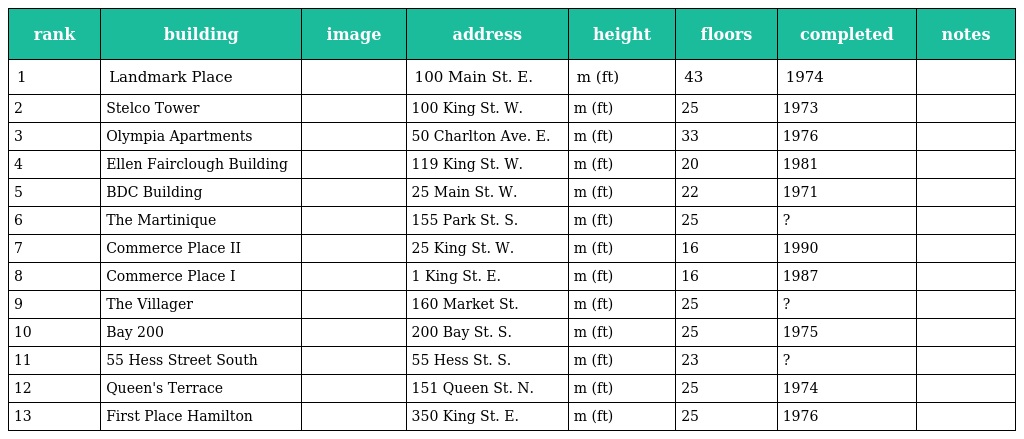
| rank | building | image | address | height | floors | completed | notes |
 | --- | --- | --- | --- | --- | --- | --- | --- |
 | 1 | Landmark Place |  | 100 Main St. E. | m (ft) | 43 | 1974 |  |
 | 2 | Stelco Tower |  | 100 King St. W. | m (ft) | 25 | 1973 |  |
 | 3 | Olympia Apartments |  | 50 Charlton Ave. E. | m (ft) | 33 | 1976 |  |
 | 4 | Ellen Fairclough Building |  | 119 King St. W. | m (ft) | 20 | 1981 |  |
 | 5 | BDC Building |  | 25 Main St. W. | m (ft) | 22 | 1971 |  |
 | 6 | The Martinique |  | 155 Park St. S. | m (ft) | 25 | ? |  |
 | 7 | Commerce Place II |  | 25 King St. W. | m (ft) | 16 | 1990 |  |
 | 8 | Commerce Place I |  | 1 King St. E. | m (ft) | 16 | 1987 |  |
 | 9 | The Villager |  | 160 Market St. | m (ft) | 25 | ? |  |
 | 10 | Bay 200 |  | 200 Bay St. S. | m (ft) | 25 | 1975 |  |
 | 11 | 55 Hess Street South |  | 55 Hess St. S. | m (ft) | 23 | ? |  |
 | 12 | Queen's Terrace |  | 151 Queen St. N. | m (ft) | 25 | 1974 |  |
 | 13 | First Place Hamilton |  | 350 King St. E. | m (ft) | 25 | 1976 |  |